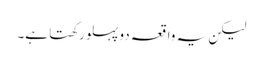
لیکن یہ واقعہ دو پہلو رکھتا ہے۔